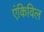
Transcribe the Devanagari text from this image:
एंकिविल